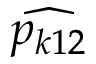
\widehat { p _ { k 1 2 } }